Rae_vallavalitsus, lk 8
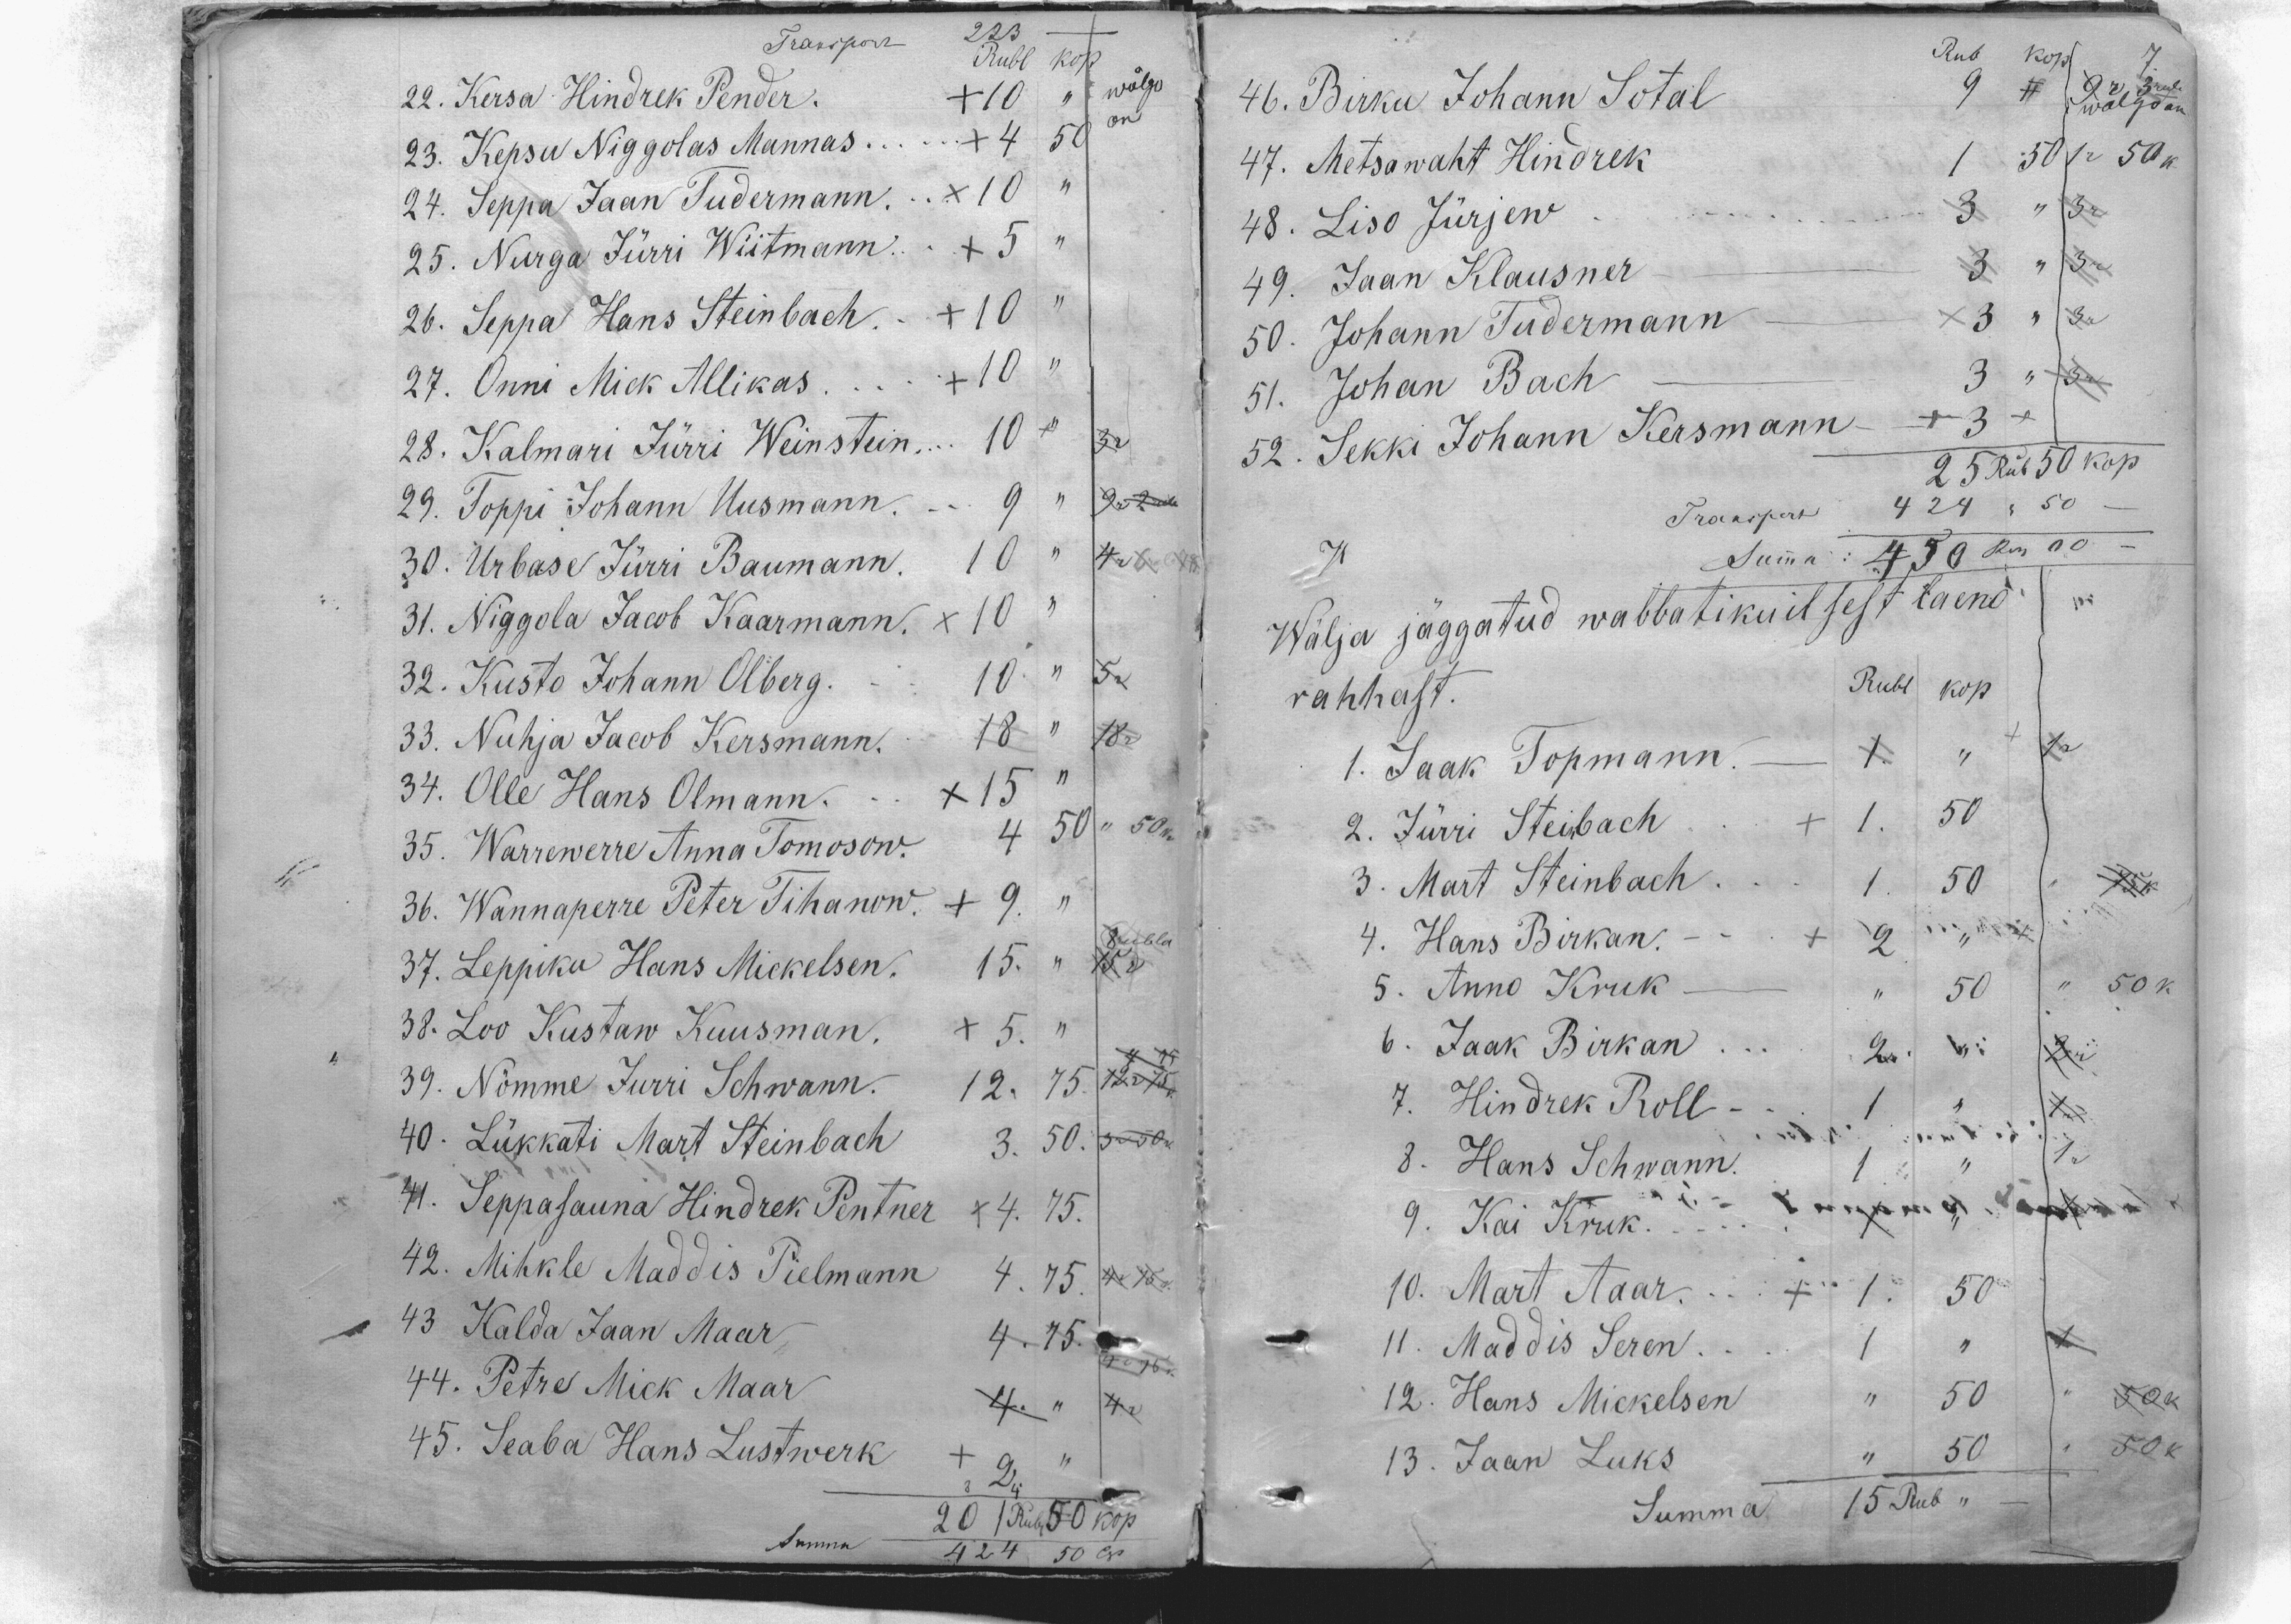
223 -
Transport
Rubl Kop
22. Kersa Hindrek Pender. +10  "
wõlgo
on
23. Kepsu Niggolas Mannas. ... +4   50
24. Seppa Jaan Tudermann. ... +10   "
25. Nurga Jürri Wiitmann ...     + 5    "
26. Seppa Hans Steinbach ... +10  "
27. Onni Mick Allikas. ... +10   "
28. Kalmari Jürri Weinstein ...  +10   "
3 r
29. Toppi Johann Uusmann. ... 9    "
9 r 2 rub
30. Urbase Jürri Baumann. 10   "
4 r 6r 48
31. Niggola Jacob Kaarmann.   +10   "
32. Kusto Johann Olberg. ... 10 "
5 r
33. Nuhja Jacob Kersmann.  18   "
18 r
34. Olle Hans Olmann. ... +15   "
35. Warrewerre Anna Tomosow.  4   50
" 50k
36. Wannaperre Peter Tihanow.    + 9.   "
37. Leppiku Hans Mickelsen.  15.    "
8 rubla
15
38. Loo Kustaw Kuusman.
+ 5.
39. Nõmme Jurri Schwann. 12. 75.
4 15
12r 75k
40. Lükkati Mart Steinbach   3. 50. 3r 50k
4. Seppasauna Hindrek Pentner +4.75.
42. Mihkle Maddis Pielmann 4.75 4r 75k
43 Kalda Jaan Maar    4.75.
4r 75 k
44. Petre Mick Maar    4 " 4r
45. Seaba Hans Lustwerk    +2. "
8 4
201 Rub. 50 kop
Summa 424 50 Cop

Rub   Kop
46. Birku Johann Sotal
9 11
9 r 3rub
wolgo on
47. Metsawaht Hindrek
1    50
1r 50k
48. Liso Jürjew.
3
3r
49. Jaan Klausner
3
3r
50. Johann Tudermann
+3
3r
51. Johan Bach
3
3r
52. Sekki Johann Kersmann
3+
25 Rub 50 kop
Transpert 424
50
Summa: 450 Rub 00
Wälja jäggatud wabbatikuil sest laeno
rahhast.
Rubl
Kop
1. Jaak Topmann
1.
1r
2. Jürri Steinbach
+1.
50
3. Mart Steinbach
1.
50
75k
4. Hans Birkan.
2
5. Anno Kruk
"
50
50 k
6. Jaak Birkan
2.
2r
7. Hindrek Roll -
1
1r
8. Hans Schwann.
1r
9. Kai Kruk ... 1 " 1r
10. Mart Taar. ... + 1.   50
11. Maddis Seren. .. 1 "
1
12. Hans Mickelsen
50
50k
13. Jaan Luks
50
50k
Summa 15 Rub "